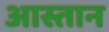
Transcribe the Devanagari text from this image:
आस्तान